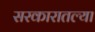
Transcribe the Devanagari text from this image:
सरकारातल्या